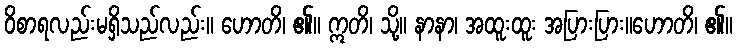
ဝိစာရလည်းမရှိသည်လည်း။ ဟောတိ၊ ၏။ ဣတိ၊ သို့။ နာနာ၊ အထူးထူး အပြားပြား။ဟောတိ၊ ၏။